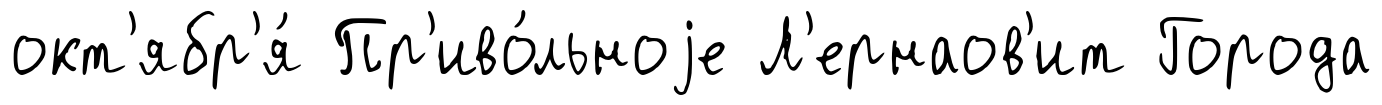
окт'ябр'я́ Пр'иво́льноjе Л'ернаов'ит Города